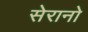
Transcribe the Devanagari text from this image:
सेरानो